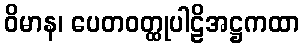
ဝိမာန၊ ပေတဝတ္ထုပါဠိအဋ္ဌကထာ